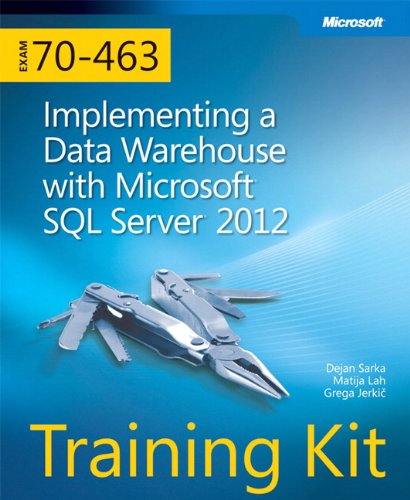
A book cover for Training Kit (Exam 70-463) Implementing a Data Warehouse with Microsoft SQL Server 2012 (MCSA) (Microsoft Press Training Kit); Dejan Sarka; Computers & Technology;